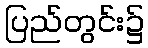
ပြည်တွင်း၌